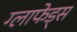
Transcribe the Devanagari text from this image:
ग्लाफेड्स